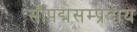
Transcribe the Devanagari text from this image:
सौपद्मसम्प्रदाय